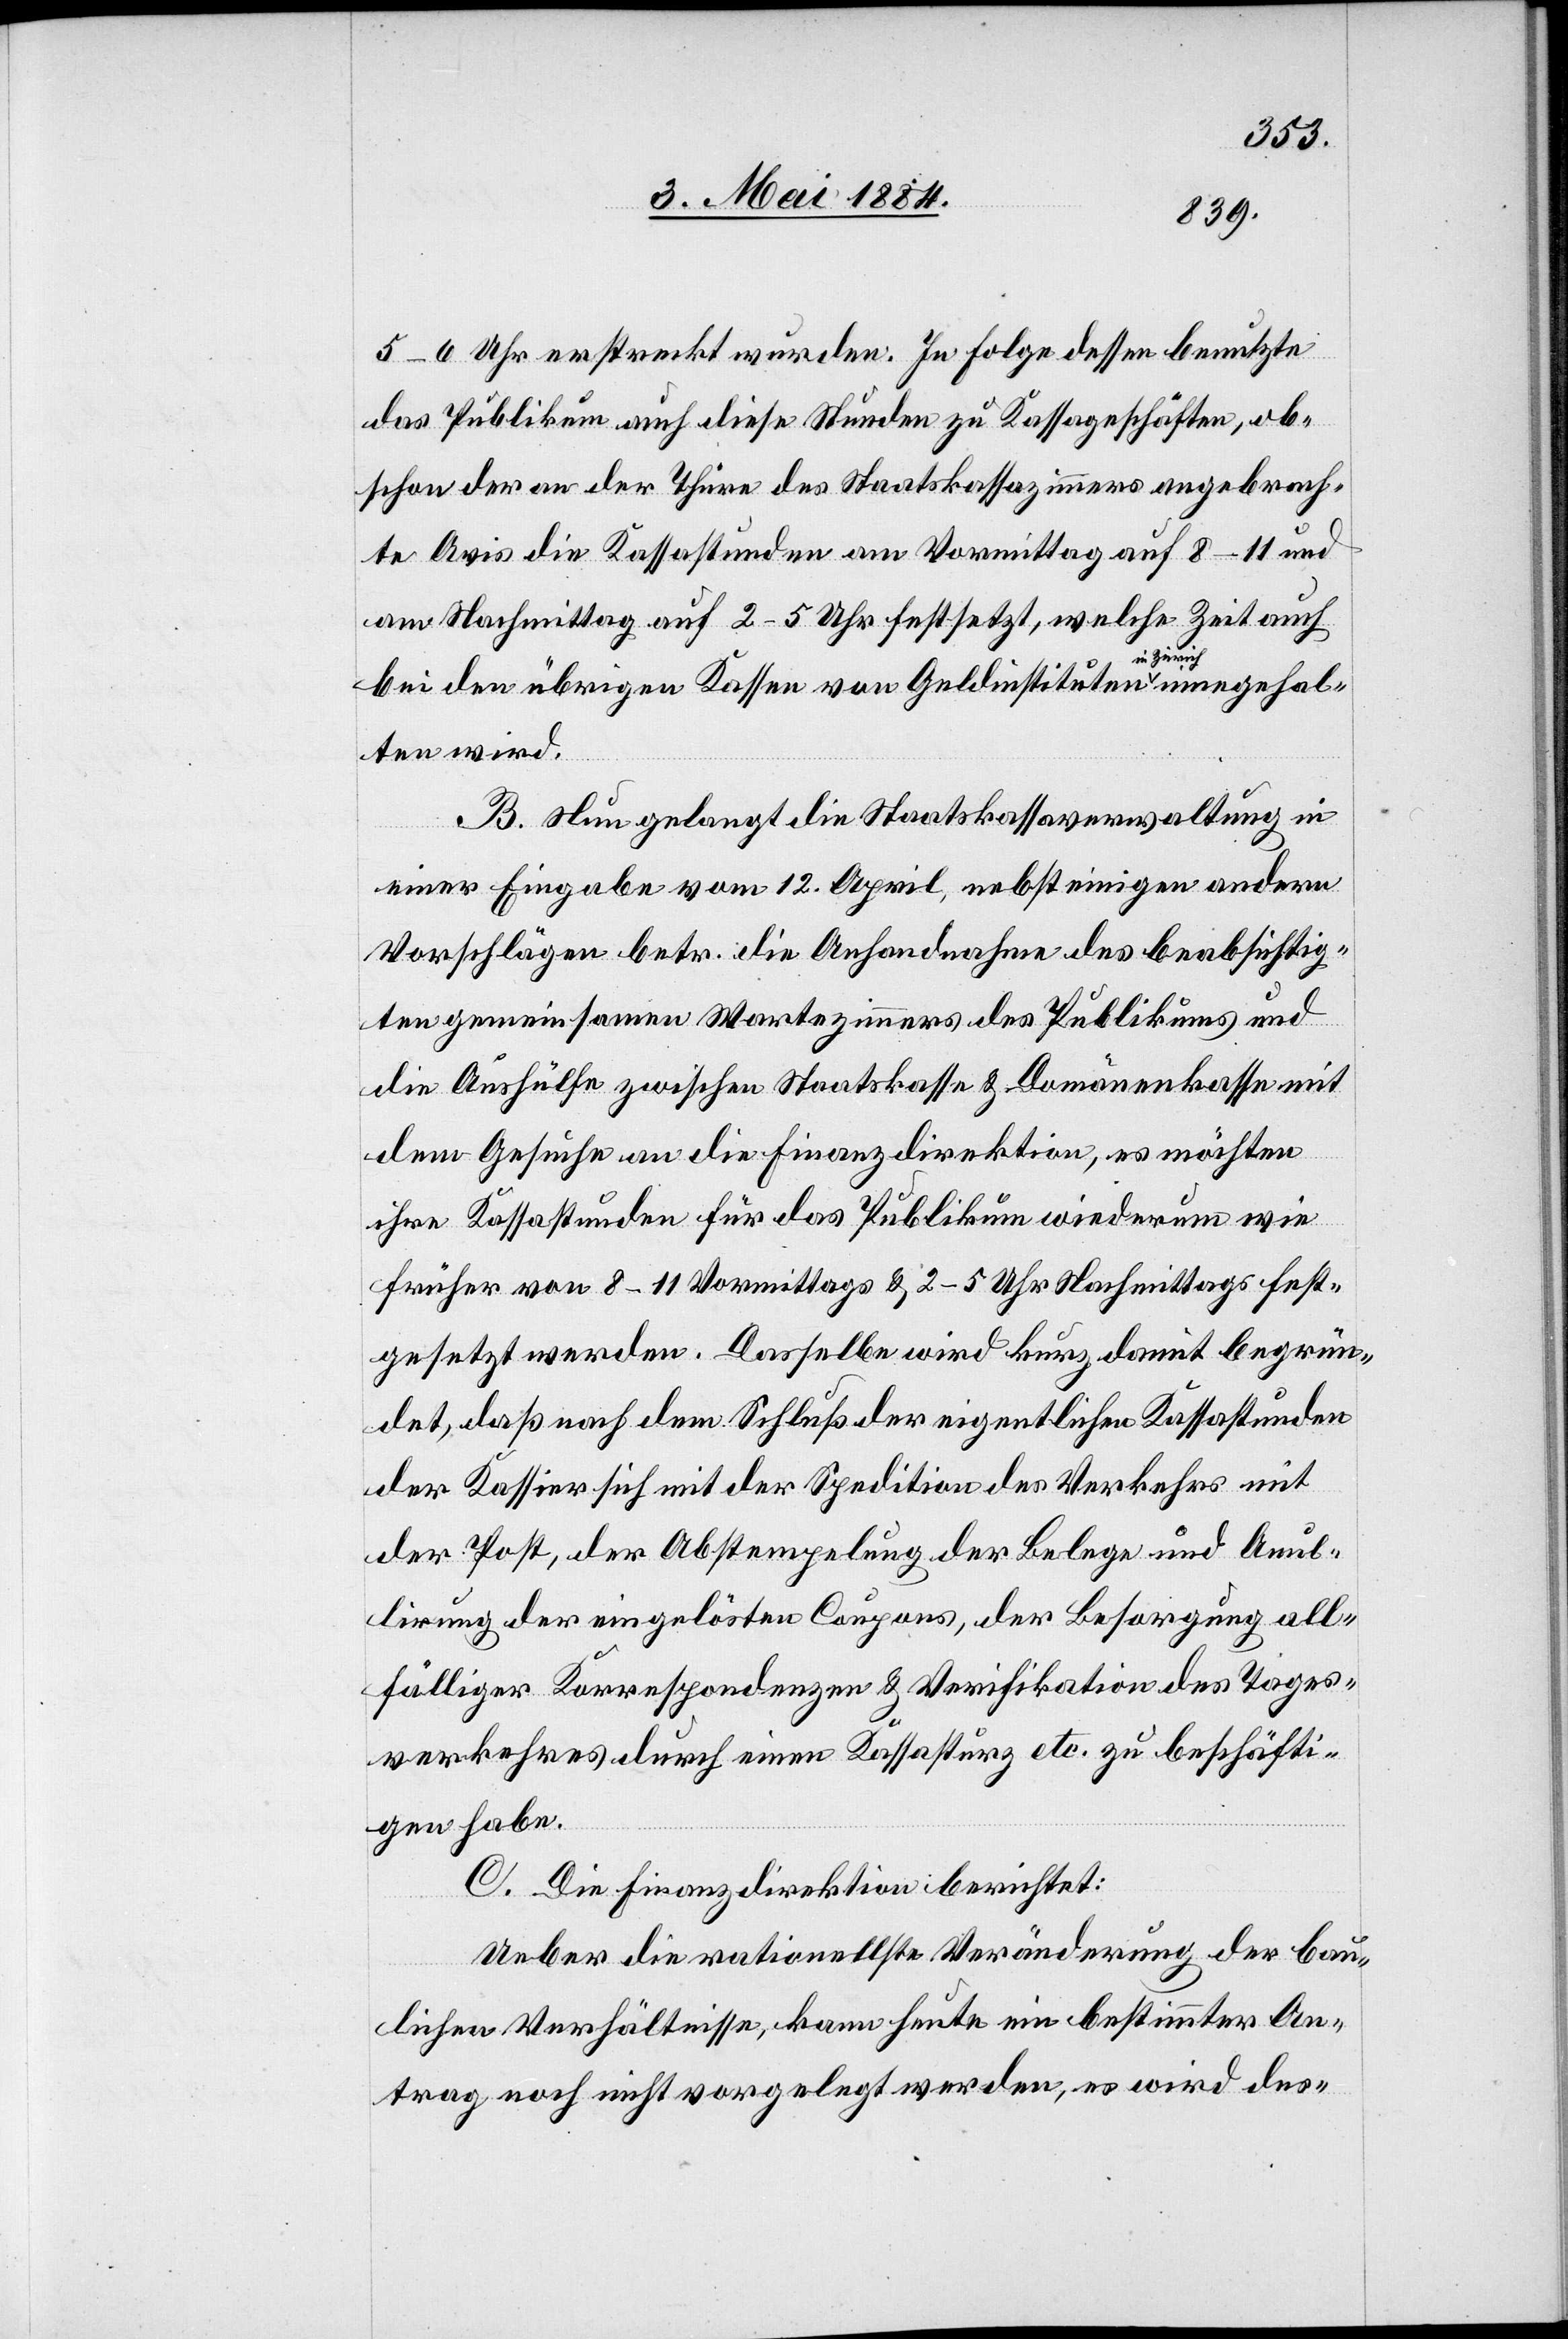
5–6 Uhr erstreckt wurden. In Folge dessen benutzte
das Publikum auf diese Stunden zu Kassageschäften, ob¬
schon der an der Thüre des Staatskassazimmers angebrach¬
te Avis die Kassastunden am Vormittag auf 8–11 und
am Nachmittag auf 2–5 Uhr festsetzt, welche Zeit auch
bei den übrigen Kassen von Geldinstituten in Zürich eingehal¬
ten wird.
B. Nun gelangt die Staatskassaverwaltung in
einer Eingabe vom 12. April, nebst einigen andern
Vorschlägen betr. die Anhandnahme des beabsichtig¬
ten gemeinsamen Wartezimmers des Publikums und
die Aushülfe zwischen Staatskasse & Domänekasse mit
dem Gesuche an die Finanzdirektion, es möchten
ihre Kassastunden für das Publikum wiederum wie
früher von 8–11 Vormittags & 2–5 Uhr Nachmittags fest¬
gesetzt werden. Dasselbe wird kurz damit begrün¬
det, daß nach dem Schluß der eigentlichen Kassastunden
der Kassier sich mit der Spedition des Verkehrs mit
der Post, der Abstempelung der Belege und Annul¬
lierung der eingelösten Coupons, der Besorgung all¬
fälliger Korrespondenzen & Verifikation des Tages¬
verkehres durch einen Kassasturz etc. zu beschäfti¬
gen habe.
C. Die Finanzdirektion berichtet:
Ueber die rationellste Veränderung der bau¬
lichen Verhältnisse, kann heute ein bestimmter An¬
trag noch nicht vorgelegt werden, es wird des-